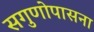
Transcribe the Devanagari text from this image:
सगुणोपासना